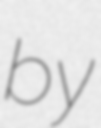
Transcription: by